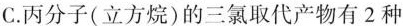
C.丙分子(立方烷)的三氯取代产物有2种